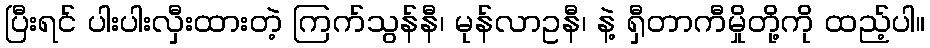
ပြီးရင် ပါးပါးလှီးထားတဲ့ ကြက်သွန်နီ၊ မုန်လာဥနီ၊ နဲ့ ရှီတာကီမှိုတို့ကို ထည့်ပါ။